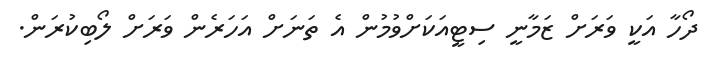
ދޯހާ އަކީ ވަރަށް ޒަމާނީ ސިޓީއަކަށްވުމުން އެ ތަނަށް އަހަރެން ވަރަށް ލޯބިކުރަން.